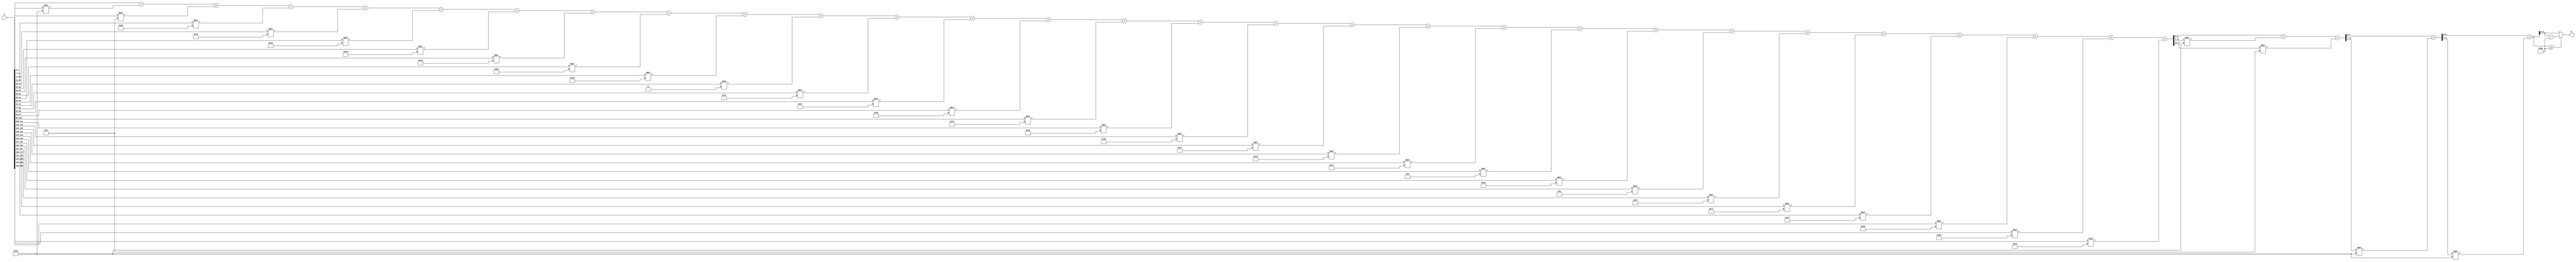
module x_200_mod_107	(
    input [200:1] X,
    output [7:1] R
    );

wire [18:1] R_temp_1;
wire [12:1] R_temp_2;
wire [10:1] R_temp_3;
wire [8:1] R_temp_4;
reg [7:1]  R_temp;

assign R_temp_1 = X [ 7 : 1 ]  + X [ 14 : 8 ] * 5'b10101 + X [ 21 : 15 ] * 4'b1101 + X [ 28 : 22 ] * 6'b111011 + X [ 35 : 29 ] * 6'b111110 + 
		  X [ 42 : 36 ] * 5'b10010 + X [ 49 : 43 ] * 6'b111001 + X [ 56 : 50 ] * 5'b10100 + X [ 63 : 57 ] * 7'b1100011 + 
		  X [ 70 : 64 ] * 6'b101110 + X [ 77 : 71 ] * 2'b11 + X [ 84 : 78 ] * 6'b111111 + X [ 91 : 85 ] * 6'b100111 + 
		  X [ 98 : 92 ] * 7'b1000110 + X [ 105 : 99 ] * 7'b1001111 + X [ 112 : 106 ] * 6'b110110 + 
		  X [ 119 : 113 ] * 7'b1000000 + X [ 126 : 120 ] * 6'b111100 + X [ 133 : 127 ] * 7'b1010011 + X [ 140 : 134 ] * 5'b11111 + 
		  X [ 147 : 141 ] * 4'b1001 + X [ 154 : 148 ] * 7'b1010010 + X [ 161 : 155 ] * 4'b1010 + X [ 168 : 162 ] * 7'b1100111 + 
		  X [ 175 : 169 ] * 5'b10111 + X [ 182 : 176 ] * 6'b110111 + X [ 189 : 183 ] * 7'b1010101 + X [ 196 : 190 ] * 7'b1001001 + 
		  X [ 200 : 197 ] * 6'b100011 ;

assign R_temp_2 = R_temp_1 [ 7 : 1 ]  + R_temp_1 [ 14 : 8 ] * 5'b10101 + R_temp_1 [ 18 : 15 ] * 4'b1101 ;

assign R_temp_3 = R_temp_2 [ 7 : 1 ]  + R_temp_2 [ 12 : 8 ] * 5'b10101 ;

assign R_temp_4 = R_temp_3 [ 7 : 1 ]  + R_temp_3 [ 10 : 8 ] * 5'b10101;

always @(R_temp_4)
begin
  if (R_temp_4 >= 7'b1101011)
    R_temp <= R_temp_4 - 7'b1101011;
  else
    R_temp <= R_temp_4;
end

assign R = R_temp;

endmodule